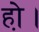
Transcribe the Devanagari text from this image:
हो़।